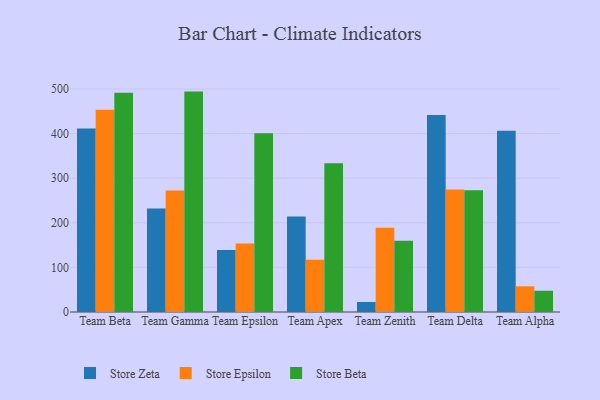
{"axis": {"x": "Team", "y": "Budget (USD K)"}, "legend": ["Store Beta", "Store Epsilon", "Store Zeta"], "data": [{"x": "Team Beta", "y": 411.2, "type": "Store Zeta"}, {"x": "Team Beta", "y": 453.2, "type": "Store Epsilon"}, {"x": "Team Beta", "y": 491.4, "type": "Store Beta"}, {"x": "Team Gamma", "y": 231.9, "type": "Store Zeta"}, {"x": "Team Gamma", "y": 272.5, "type": "Store Epsilon"}, {"x": "Team Gamma", "y": 494.1, "type": "Store Beta"}, {"x": "Team Epsilon", "y": 139.1, "type": "Store Zeta"}, {"x": "Team Epsilon", "y": 153.3, "type": "Store Epsilon"}, {"x": "Team Epsilon", "y": 401.0, "type": "Store Beta"}, {"x": "Team Apex", "y": 214.0, "type": "Store Zeta"}, {"x": "Team Apex", "y": 117.1, "type": "Store Epsilon"}, {"x": "Team Apex", "y": 333.2, "type": "Store Beta"}, {"x": "Team Zenith", "y": 22.4, "type": "Store Zeta"}, {"x": "Team Zenith", "y": 188.9, "type": "Store Epsilon"}, {"x": "Team Zenith", "y": 159.7, "type": "Store Beta"}, {"x": "Team Delta", "y": 441.5, "type": "Store Zeta"}, {"x": "Team Delta", "y": 274.7, "type": "Store Epsilon"}, {"x": "Team Delta", "y": 273.2, "type": "Store Beta"}, {"x": "Team Alpha", "y": 406.1, "type": "Store Zeta"}, {"x": "Team Alpha", "y": 57.6, "type": "Store Epsilon"}, {"x": "Team Alpha", "y": 47.6, "type": "Store Beta"}]}